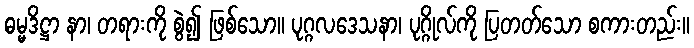
ဓမ္မဒိဋ္ဌာ နာ၊ တရားကို စွဲ၍ ဖြစ်သော။ ပုဂ္ဂလဒေသနာ၊ ပုဂ္ဂိုလ်ကို ပြတတ်သော စကားတည်း။